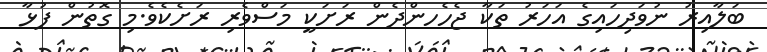
ބަލާއިރު ނުވަދިހައިގެ އަހަރު ތަކާ ޖެހެހންދެން ރަށަކީ މަސްވެރި ރަށެކެވެ.މި ގޮތުން ފުޅާ